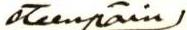
eteenpäin/